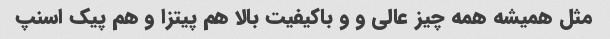
مثل همیشه همه چیز عالی و و باکیفیت بالا هم پیتزا و هم پیک اسنپ